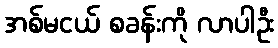
အစ်မငယ် စခန်းကို လာပါဦး